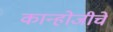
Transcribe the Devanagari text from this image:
कान्होजीचे